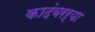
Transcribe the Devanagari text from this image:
कादंबरऱ्या